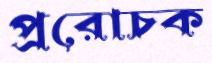
প্ররোচক